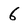
Character: 6